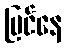
မြင်နေ